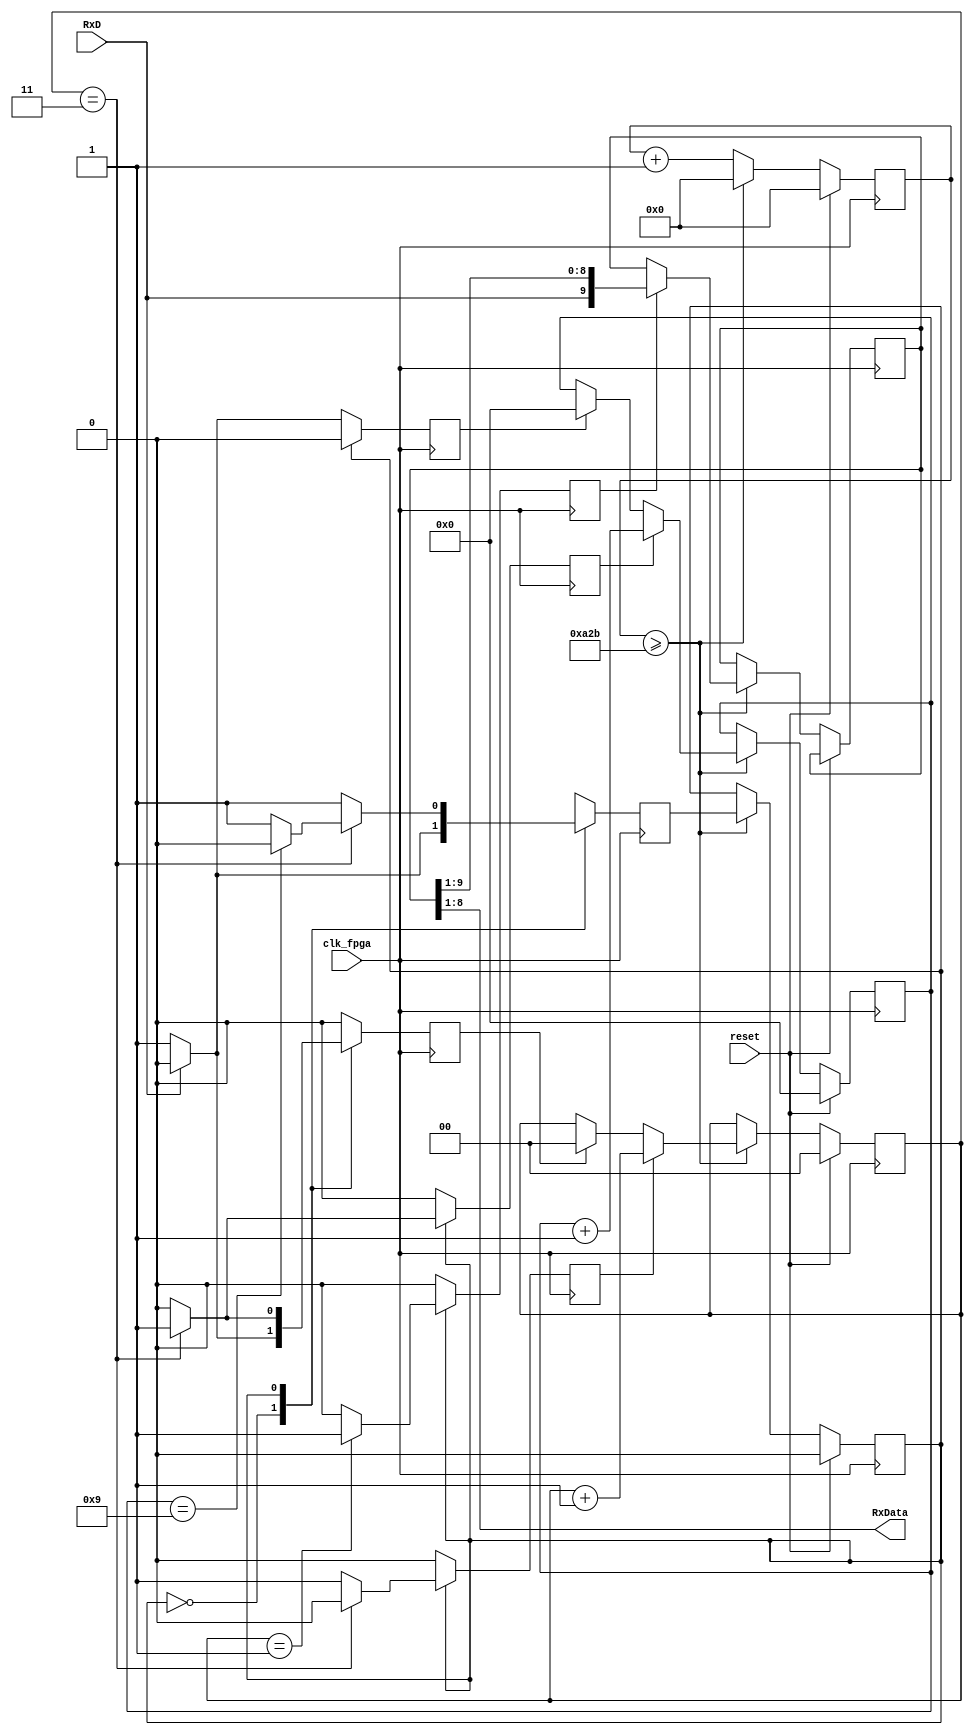
module Receiver_RxD(

input clk_fpga, 
input reset, 
input RxD, 
output [7:0]RxData // 8 bit data after removeing start and stop bit
    );
    

reg shift; // indicate when to shift data ot not
reg state, nextstate; 
reg [3:0] bit_counter; //total length of the bits is 10 where 8 bit data and 1 bit for start and 1 bit for stop
reg [1:0] sample_counter; //frequency = 4 times the BR, 4 time oversampled 
reg [13:0] baudrate_counter; //for count the value which we find in div_counter 
reg [9:0] rxshift_reg; //data byte (10 bits) [0] for start bit ,[8:1] for  data byte, [9] for stop bit
reg clear_bitcounter,inc_bitcounter,inc_samplecounter,clear_samplecounter; //to clear and increment the bit counter and sample counter


parameter clk_freq = 100_000_000; 
parameter baud_rate = 9_600; 
parameter div_sample = 4;  // dividing a bit into 4 part
parameter div_counter = clk_freq/(baud_rate*div_sample);  // formula to final value i.e here it is 2604
parameter mid_sample = (div_sample/2);  //this is the middle point of a bit to know exactly value of bit
parameter div_bit = 10; // 1 start, 1 stop, 8 bit of data

parameter idle =0;
parameter start = 1;
assign RxData = rxshift_reg [8:1]; //assigning the RxData from the shift register only 8 bit data removing start and stop bit


always @ (posedge clk_fpga)
    begin 
        if (reset)
          begin //if reset button is pressed, all counters are rset
            state <=0; //idle
            bit_counter <=0;
            baudrate_counter <=0; 
            sample_counter <=0; 
          end
        else 
           begin 
            baudrate_counter <= baudrate_counter +1; 
            if (baudrate_counter >= div_counter-1)  // count upto 2603 i.e oversampled value
               begin //if the counter reach the BR with sampling
                baudrate_counter <=0; //reset counter when baudrate_counter is greater then 2603
                state <= nextstate; 
                if (shift)  // if shift is 1
                   rxshift_reg <= {RxD,rxshift_reg[9:1]}; //then load the receiving data
                if (clear_samplecounter) // if clear_samplecouter is 1
                   sample_counter <=0; // then reset the sample counter
                if (inc_samplecounter) // if inc_samplecounter is 1
                    sample_counter <= sample_counter +1; // increment by 1
                if (clear_bitcounter) // if clear_bitcounter is 1
                    bit_counter <=0; // ithen rset itself
                if (inc_bitcounter)
                    bit_counter <= bit_counter +1; //bitcounter goes up by 1.
               end
           end
    end
   

always @ (posedge clk_fpga) //trigger by clock
begin 
    shift <= 0; //idle shift is set to 0 to avoid the shift of data when not set shift to 1
    clear_samplecounter <=0; 
    inc_samplecounter <=0; 
    clear_bitcounter <=0; 
    inc_bitcounter <=0; 
    nextstate <=idle; 
    case (state)
        idle: begin 
            if (RxD) //in RxD start bit is low ,it will wait for low signal and when it recevie ,start receiveing the data
              begin
              nextstate <=idle; //stay in the idle state, RxD needs to be low to start the transmission
              end
            else begin 
                nextstate <=start; //receiving start
                clear_bitcounter <=1; //set to 1
                clear_samplecounter <=1; //set to 1
            end
        end
        start: begin // Receiving start
            nextstate <= start; 
            if (sample_counter== mid_sample - 1) // when sample_counter is equal to 1
                shift <= 1; //if  sample counter is 1, set the shift 
            if (sample_counter== div_sample - 1) //when sample_counter is equal to 3
                 begin 
                    if (bit_counter == div_bit - 1) // if bit_counter is eqaul to 9, then next_state is idle 
                      begin 
                         nextstate <= idle; 
                      end 
                     inc_bitcounter <=1; //increment bit counter if bit count is not 9,
                    clear_samplecounter <=1; //sample counter is reset
                 end
              else
                  inc_samplecounter <=1; //if the sample counter is not 3 then 
            end
       default: nextstate <=idle; // default state is idle
     endcase
end         
endmodule